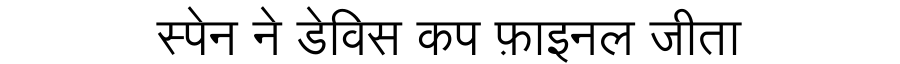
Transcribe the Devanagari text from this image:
स्पेन ने डेविस कप फ़ाइनल जीता